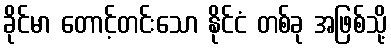
ခိုင်မာ တောင့်တင်းသော နိုင်ငံ တစ်ခု အဖြစ်သို့